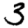
Digit: 3